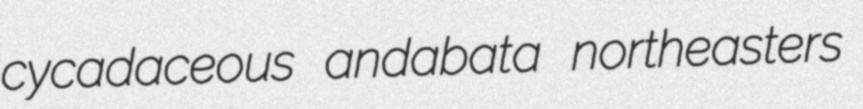
cycadaceous andabata northeasters